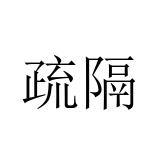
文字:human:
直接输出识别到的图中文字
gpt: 疏隔